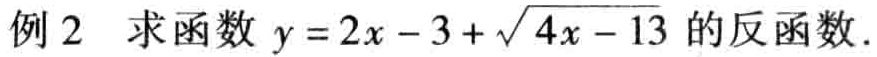
例2 求函数 \(y = 2x - 3+\sqrt{4x - 13}\) 的反函数.